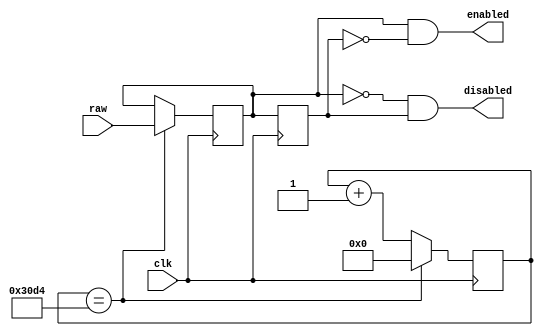
module debouncer(
    input wire  raw,
    input wire  clk,
    output wire enabled,
    output wire disabled
    );

    reg debounced;
    reg debounced_prev;
    reg [15:0] counter;

    initial begin
        debounced = 0;
        debounced_prev = 0;
        counter = 0;
    end

    always @ (posedge clk) begin
        // 200 Hz
        if (counter == 12500) begin
            counter <= 0;
            debounced <= raw;
        end else begin
            counter <= counter + 1;
        end

        // Update previous
        debounced_prev <= debounced;
    end

    assign enabled = debounced && !debounced_prev;
    assign disabled = !debounced && debounced_prev;

endmodule